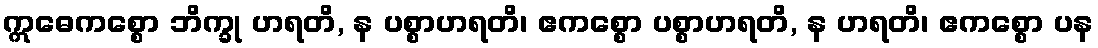
ဣဓေကစ္စော ဘိက္ခု ဟရတိ, န ပစ္စာဟရတိ၊ ဧကစ္စော ပစ္စာဟရတိ, န ဟရတိ၊ ဧကစ္စော ပန